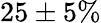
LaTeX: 25\pm 5\%